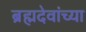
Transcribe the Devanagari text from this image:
ब्रह्मदेवांच्या